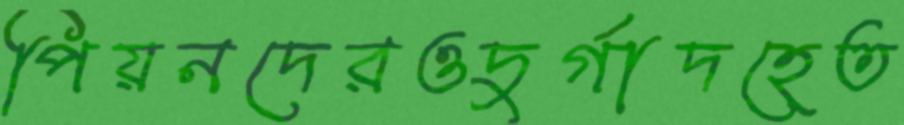
পিয়নদেরওদুর্গাদহেত